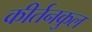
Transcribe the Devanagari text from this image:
कीर्तनकुल